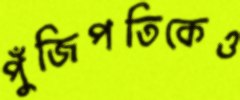
পুঁজিপতিকেও